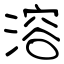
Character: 溶